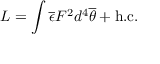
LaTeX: { \cal L } = \int \overline { { { \epsilon } } } F ^ { 2 } d ^ { 4 } \overline { { { \theta } } } + \mathrm { h . c . }